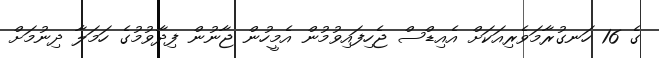
ގެ 16 ހަނގުރާމަވެރިއަކަށް އެއިޑްސް ޖެހިފައިވުމުން އެމީހުން ޖާނުން ފިދާވުމުގެ ހަމަލާ ދިނުމަށް